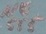
Text: NE555